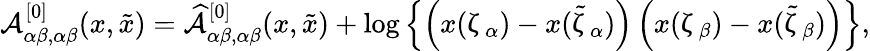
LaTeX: \begin{array}{r}{{\mathcal A}_{\alpha\beta,\alpha\beta}^{[0]}(x,\tilde{x})=\widehat{{\mathcal A}}_{\alpha\beta,\alpha\beta}^{[0]}(x,\tilde{x})+\log\left\{ \left(x(\upzeta_{\alpha})-x(\tilde{\upzeta}_{\alpha})\right)\left(x(\upzeta_{\beta})-x(\tilde{\upzeta}_{\beta})\right)\right\} ,}\end{array}